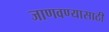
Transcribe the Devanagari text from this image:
जाणवण्यासाठी